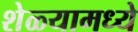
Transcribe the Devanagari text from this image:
शेळ्यामध्ये